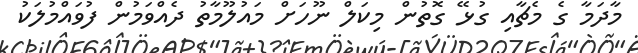
މާދަމާ ގެ މެޗާއި ގުޅޭ ގޮތުން މިކަލް ނޫހަށް މައުލޫމާތު ދެއްވަމުން ފުވައްމުލަކު